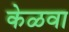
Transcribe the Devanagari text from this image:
केळवा